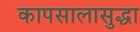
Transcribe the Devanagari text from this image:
कापसालासुद्धा